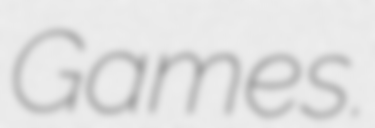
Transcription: Games.